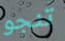
تنجو